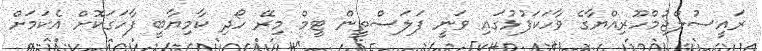
ރައީސުލްޖުމްހޫރިއްޔާގެ ވާހަކަފުޅުގައި ވަނީ ފަލަސްތީން ޓީމް މިރޭ ހޯދި ކާމިޔާބީ ފާހަގަކޮށް އެކަމަށް